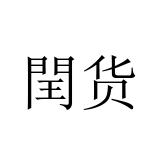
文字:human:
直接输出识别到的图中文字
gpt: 閏货